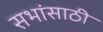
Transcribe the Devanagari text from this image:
सभांसाठी